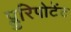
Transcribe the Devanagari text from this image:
प्लुरिपोटेंट